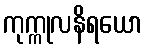
ကုက္ကုလနိရယော